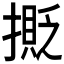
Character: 𢵉